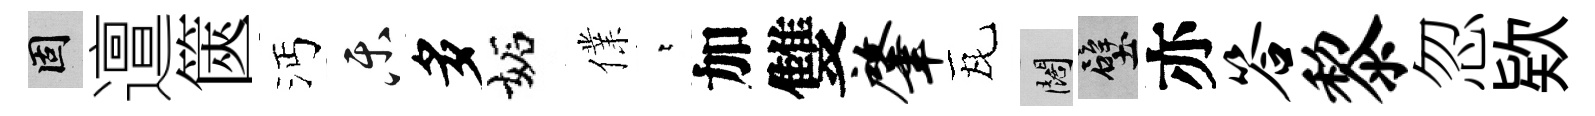
固邅篋沔乐多妬㒒萋加雙肇瓦闊壁亦答黎忽欵